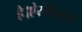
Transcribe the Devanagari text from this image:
है।ऐरोबिक्स